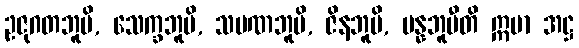
ဥဇုဂတဘူမိ, သေက္ခဘူမိ, သမဏဘူမိ, ဇိနဘူမိ, ပန္နဘူမီတိ ဣမာ အဋ္ဌ